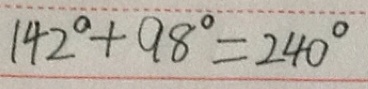
1 4 2 ^ { \circ } + 9 8 ^ { \circ } = 2 4 0 ^ { \circ }